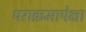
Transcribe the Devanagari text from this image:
पराक्रमापेक्षा